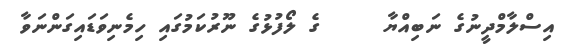
އިސްލާމްދީނުގެ ނަބިއްޔާ     ގެ ލޯފުޅުގެ ނޫރުކަމުގައި ހިމެނިވަޑައިގަންނަވާ